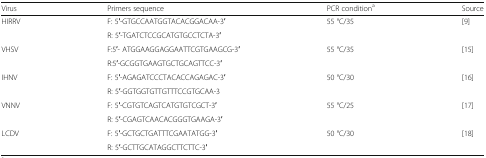
<table><thead><tr><td><b>Virus</b></td><td><b>Primers sequence</b></td><td><b>PCR condition<sup>a</sup></b></td><td><b>Source</b></td></tr></thead><tbody><tr><td rowspan="2">HIRRV</td><td>F: 5′-GTGCCAATGGTACACGGACAA-3′</td><td rowspan="2">55 °C/35</td><td rowspan="2">[9]</td></tr><tr><td>R: 5′-TGATCTCCGCATGTGCCTCTA-3′</td></tr><tr><td rowspan="2">VHSV</td><td>F:5′- ATGGAAGGAGGAATTCGTGAAGCG-3′</td><td rowspan="2">55 °C/35</td><td rowspan="2">[15]</td></tr><tr><td>R:5′-GCGGTGAAGTGCTGCAGTTCC-3′</td></tr><tr><td rowspan="2">IHNV</td><td>F: 5′-AGAGATCCCTACACCAGAGAC-3′</td><td rowspan="2">50 °C/30</td><td rowspan="2">[16]</td></tr><tr><td>R: 5′-GGTGGTGTTGTTTCCGTGCAA-3</td></tr><tr><td rowspan="2">VNNV</td><td>F: 5′-CGTGTCAGTCATGTGTCGCT-3′</td><td rowspan="2">55 °C/25</td><td rowspan="2">[17]</td></tr><tr><td>R: 5′-CGAGTCAACACGGGTGAAGA-3′</td></tr><tr><td rowspan="2">LCDV</td><td>F: 5′-GCTGCTGATTTCGAATATGG-3′</td><td rowspan="2">50 °C/30</td><td rowspan="2">[18]</td></tr><tr><td>R: 5′-GCTTGCATAGGCTTCTTC-3′</td></tr></tbody></table>